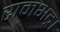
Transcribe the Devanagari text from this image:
रामभद्र।